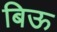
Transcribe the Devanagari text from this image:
बिऊ